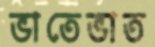
ভাতেভাত